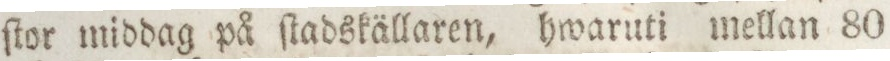
ſtor middag på ſtadskällaren, hwaruti mellan 80